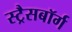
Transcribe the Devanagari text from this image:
स्ट्रैसबॉर्ग